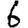
Digit: 6